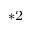
^ { * 2 }